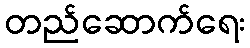
တည်ဆောက်ရေး